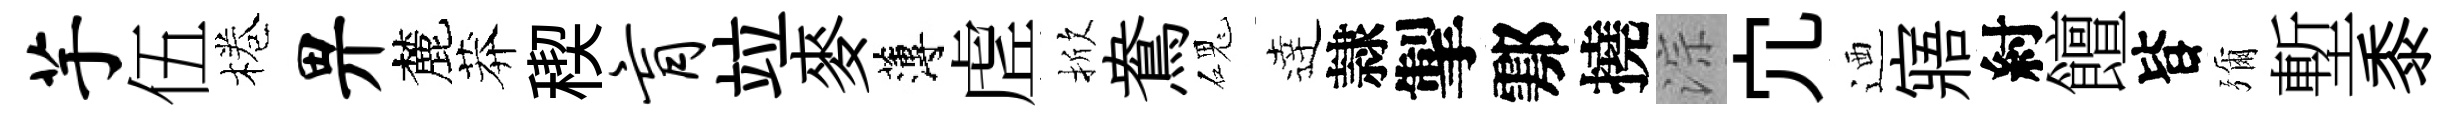
芋伍棬畀麓莽稧肓竝麥薄虗掀鴦磈逹隷掣鄠撓淙宂迺寤紂饘𣅜彌塹黍